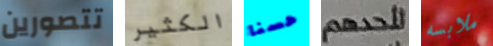
تتصورين الكثير حسنا لأحدهم ملابسه